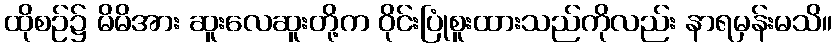
ထိုစဉ်၌ မိမိအား ဆူးလေဆူးတို့က ဝိုင်းပြုံစူးထားသည်ကိုလည်း နာရမှန်းမသိ။